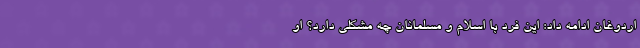
اردوغان ادامه داد: این فرد با اسلام و مسلمانان چه مشکلی دارد؟ او